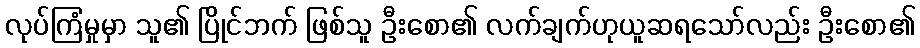
လုပ်ကြံမှုမှာ သူ၏ ပြိုင်ဘက် ဖြစ်သူ ဦးစော၏ လက်ချက်ဟုယူဆရသော်လည်း ဦးစော၏